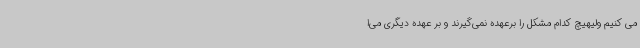
می کنیم ولیهیچ کدام مشکل را برعهده نمی‌گیرند و بر عهده دیگری می‌ا